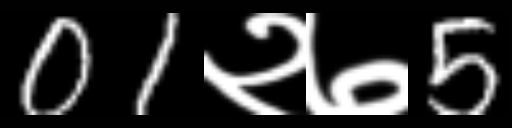
Text: 01२७5